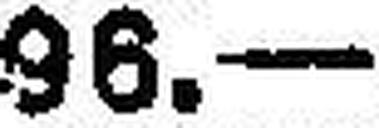
96.—